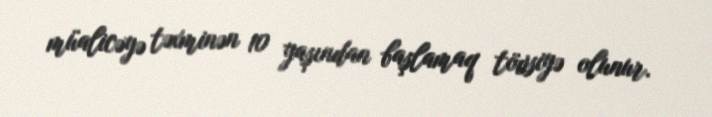
müalicəyə təxminən 10 yaşından başlamaq tövsiyə olunur.